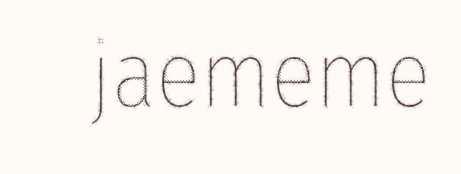
jaememe